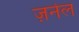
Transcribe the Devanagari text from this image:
ज़र्नल